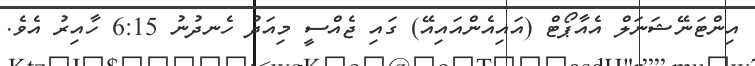
އިންޓަނޭޝަނަލް އެއާޕޯޓް (އައިއެންއައިއޭ) ގައި ޖެއްސީ މިއަދު ހެނދުނު 6:15 ހާއިރު އެވެ.